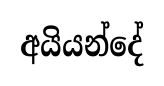
අයියන්දේ